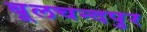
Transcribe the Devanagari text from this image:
बूलचन्दपुर